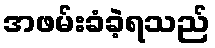
အဖမ်းခံခဲ့ရသည်